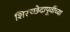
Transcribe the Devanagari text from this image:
शिरच्छेदापूर्वीच्या